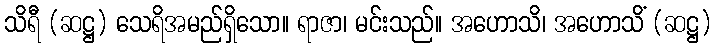
သိရီ (ဆဋ္ဌ) သေရိအမည်ရှိသော။ ရာဇာ၊ မင်းသည်။ အဟောသိ၊ အဟောသိံ (ဆဋ္ဌ)